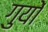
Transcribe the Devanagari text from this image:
गुयों